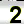
Digit: 2